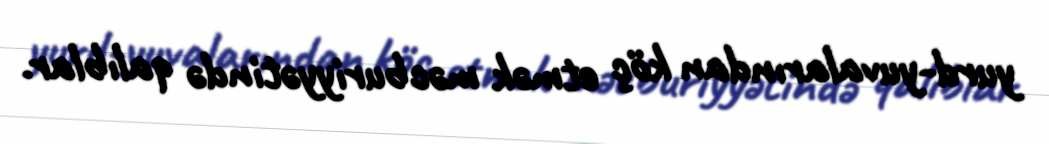
yurd-yuvalarından köç etmək məcburiyyətində qalıblar.